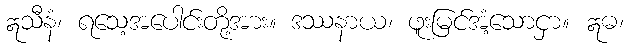
ဣသီနံ၊ ရသေ့အပေါင်းတို့အား။ ဒဿနာယ၊ ဖူးမြင်အံ့သောငှာ။ ဣဓ၊